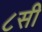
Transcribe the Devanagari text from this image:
८सी